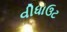
વીધાઉટ